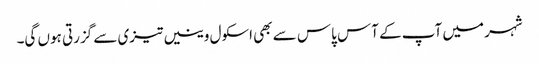
شہر میں آپ کے آس پاس سے بھی اسکول وینیں تیزی سے گزرتی ہوں گی۔